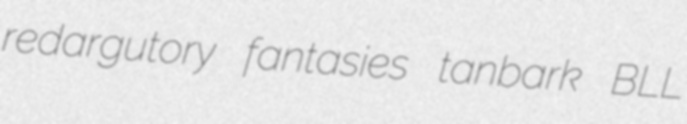
redargutory fantasies tanbark BLL